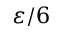
\varepsilon / 6